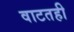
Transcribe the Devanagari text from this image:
वाटतही